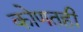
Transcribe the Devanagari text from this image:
कोणतही